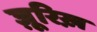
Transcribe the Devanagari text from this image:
ज़ूरिख़